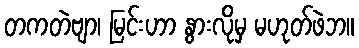
တကတဲဗျာ၊ မြင်းဟာ နွားလိုမှ မဟုတ်ဖဲဘ။